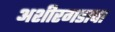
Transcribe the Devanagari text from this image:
अशीरगडाचा